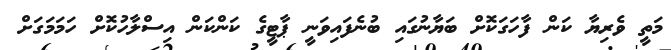
މަތީ ވެރިޔާ ކަން ފާހަގަކޮށް ބަޔާނުގައި ބުނެފައިވަނީ ޕާޓީގެ ކަންކަން އިސްލާހުކޮށް ހަމަމަގަށް